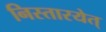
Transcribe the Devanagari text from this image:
निस्तारयेत्